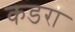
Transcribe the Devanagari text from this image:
कडरा